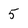
Character: 5